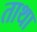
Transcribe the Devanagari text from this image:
ताथा